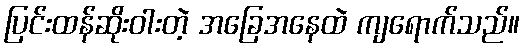
ပြင်းထန်ဆိုးဝါးတဲ့ အခြေအနေထဲ ကျရောက်သည်။